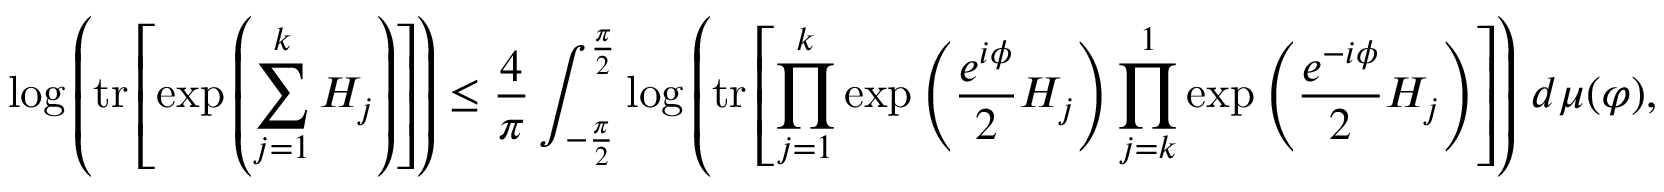
\log \left( \operatorname { t r } \left[ \exp \left( \sum _ { j = 1 } ^ { k } H _ { j } \right) \right] \right) \leq \frac { 4 } { \pi } \int _ { - \frac { \pi } { 2 } } ^ { \frac { \pi } { 2 } } \log \left( \operatorname { t r } \left[ \prod _ { j = 1 } ^ { k } \exp \left( \frac { e ^ { i \phi } } { 2 } H _ { j } \right) \prod _ { j = k } ^ { 1 } \exp \left( \frac { e ^ { - i \phi } } { 2 } H _ { j } \right) \right] \right) \, d \mu ( \varphi ) ,